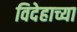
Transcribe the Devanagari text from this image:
विदेहाच्या